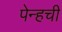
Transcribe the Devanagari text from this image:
पेन्हची